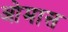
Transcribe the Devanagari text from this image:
ओमास